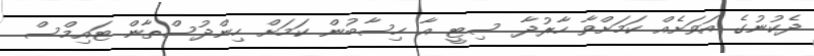
ދެކުނުގެ އަވަށެއް ކަމަށްވާ ހާރުދާ ސިޓީ އާ ހިސާބުން ކަމަށް ހިންދުސްތާން ޓައިމްސް